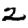
Digit: 2